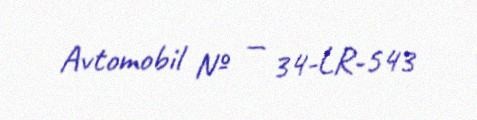
Avtomobil № — 34-LR-543